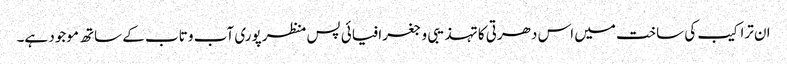
ان تراکیب کی ساخت میں اس دھرتی کا تہذیبی و جغرافیائی پس منظر پوری آب و تاب کے ساتھ موجود ہے۔